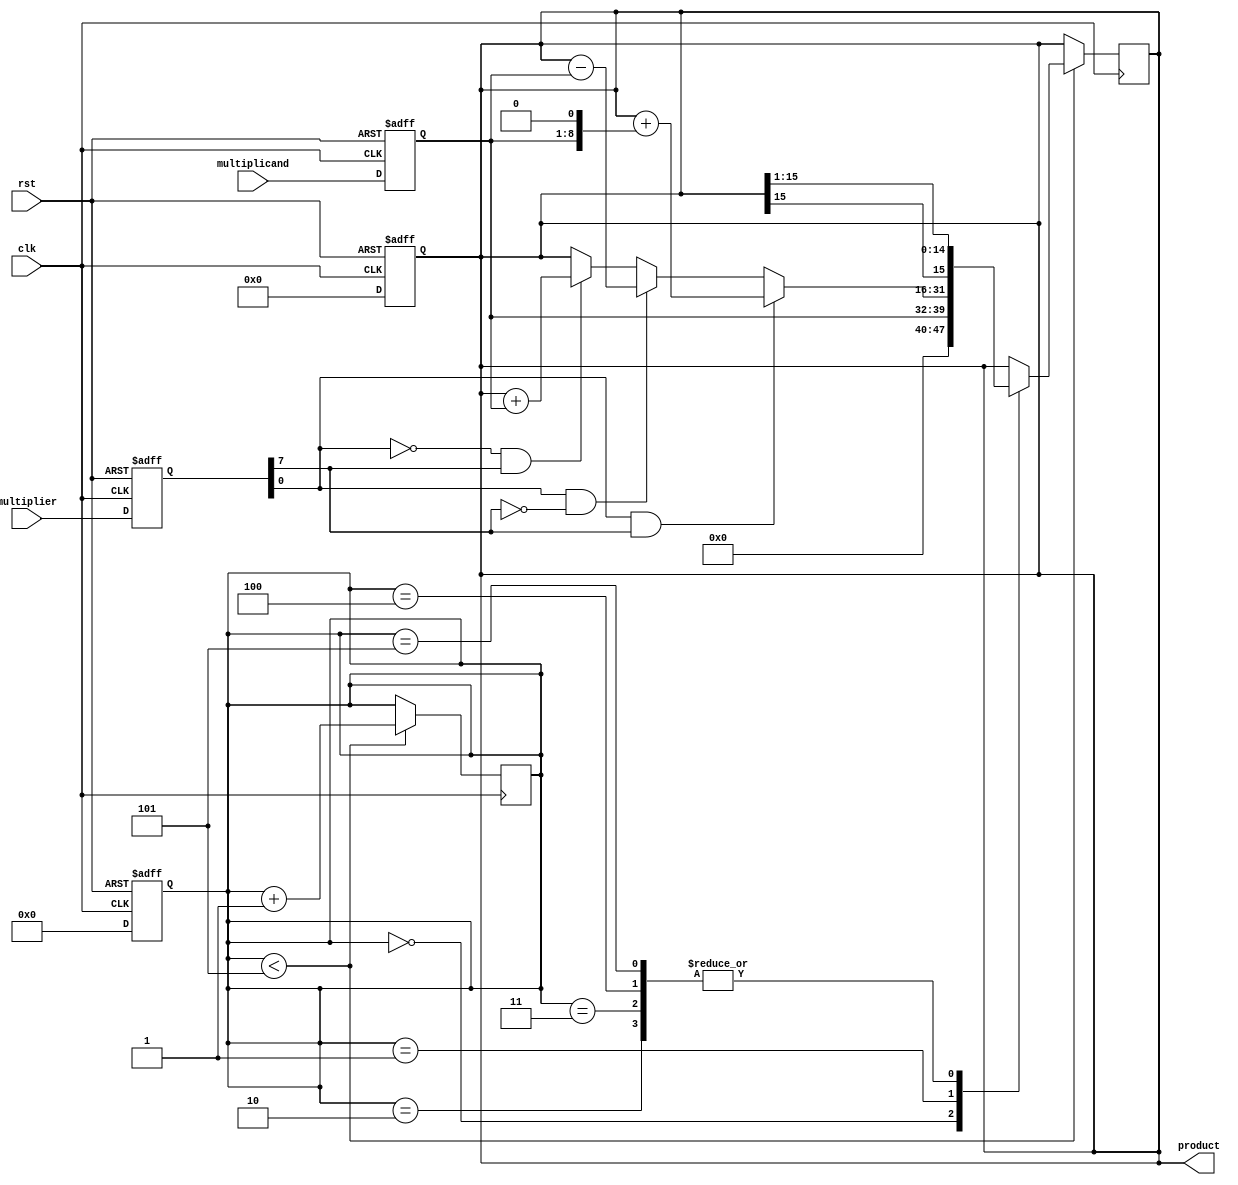
module booth_multiplier(
  input wire clk,
  input wire rst,
  input wire [7:0] multiplicand,
  input wire [7:0] multiplier,
  output reg [15:0] product
);

reg [7:0] a;
reg [7:0] m;
reg [4:0] count;

always @(posedge clk or posedge rst) begin
  if (rst) begin
    a <= 8'b0;
    m <= 8'b0;
    count <= 5'b0;
    product <= 16'b0;
  end else begin
    a <= multiplicand;
    m <= multiplier;
    count <= 5'b0;
    product <= 16'b0;
  end
end

always @(posedge clk) begin
  if (count < 5) begin
    case(count)
      4'b0000: product <= {8'b0, a};
      4'b0001: begin
        if (m[0] == 1 && m[7] == 1) product <= product + (a << 1);
        else if (m[0] == 1 && m[7] == 0) product <= product - a;
        else if (m[0] == 0 && m[7] == 1) product <= product + a;
      end
      4'b0010: product <= {product[15], product[15:1]};
      4'b0011: product <= {product[15], product[15:1]};
      4'b0100: product <= {product[15], product[15:1]};
      4'b0101: product <= {product[15], product[15:1]};
    endcase
    count <= count + 1;
  end
end

endmodule